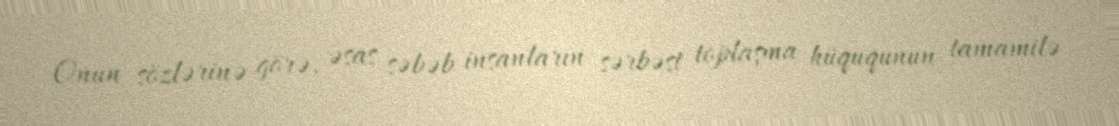
Onun sözlərinə görə, əsas səbəb insanların sərbəst toplaşma hüququnun tamamilə